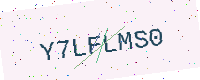
Text: Y7LFLMS0